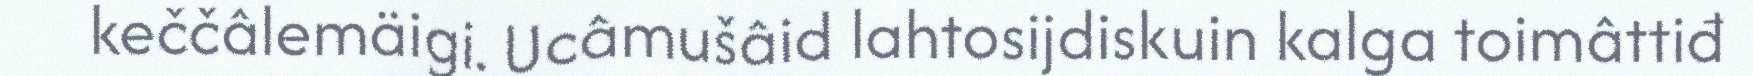
keččâlemäigi. Ucâmušâid lahtosijdiskuin kalga toimâttiđ